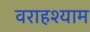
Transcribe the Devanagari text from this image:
वराहश्याम